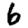
Digit: 6